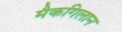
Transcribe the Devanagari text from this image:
मैकगिलान